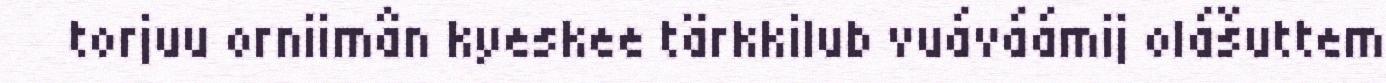
torjuu orniimân kyeskee tärkkilub vuáváámij olášuttem